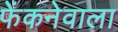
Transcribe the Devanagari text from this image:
फेंकनेवाला